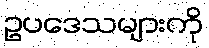
ဥပဒေသများကို